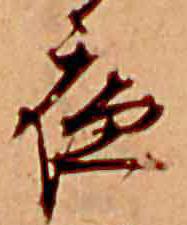
夜